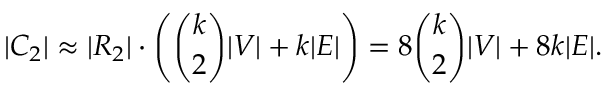
| C _ { 2 } | \approx | R _ { 2 } | \cdot \left( \binom { k } { 2 } | V | + k | E | \right) = 8 \binom { k } { 2 } | V | + 8 k | E | .